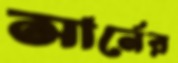
সার্নের